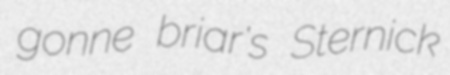
gonne briar's Sternick